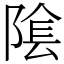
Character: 隂